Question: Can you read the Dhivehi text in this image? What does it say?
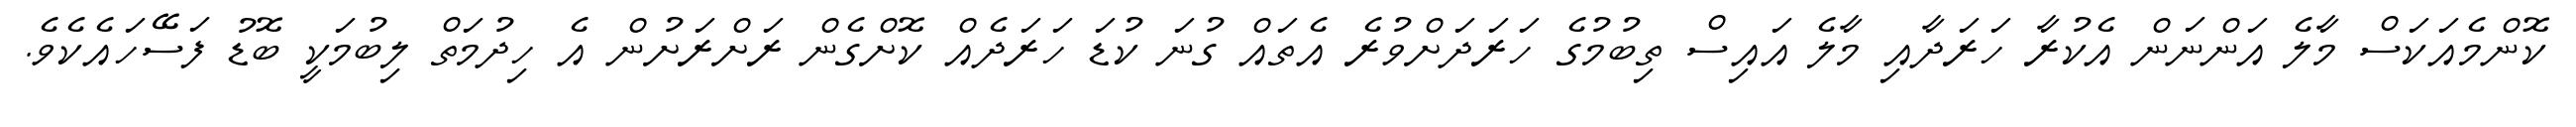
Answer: ކޮންމެއަކަސް މާލެ އަންނަން އެކުރާ ހަރަދާއި މާލެ އައިސް ތިބުމުގެ ހަރަދަށްވުރެ އެތައް ގުނަ ކުޑަ ހަރަދެއް ކޮށްގެން ރަށްރަށުން އެ ހިދުމަތް ލިބުމަކީ ބޮޑު ފަސޭހައެކެވެ.